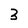
Character: 3